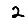
Digit: 2